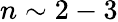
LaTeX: n\sim 2-3